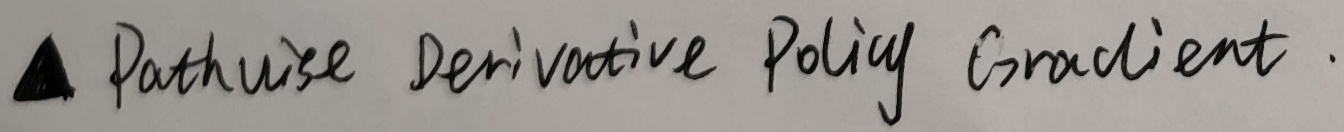
$\triangle$ Pathwise Derivative Policy Gradient